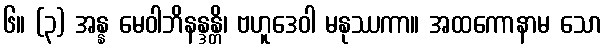
၆။ (၃) အန္န မေဝါဘိနန္ဒန္တိ၊ ဗဟူဒေဝါ မနုဿကာ။ အထကောနာမ သော